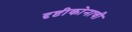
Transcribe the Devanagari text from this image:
दृष्टीकोनाची